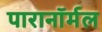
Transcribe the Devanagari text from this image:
पारानाॅर्मल